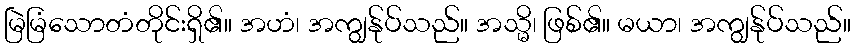
မြဲမြံသောတံတိုင်းရှိ၏။ အဟံ၊ အကျွန်ုပ်သည်။ အသ္မိ၊ ဖြစ်၏။ မယာ၊ အကျွန်ုပ်သည်။